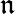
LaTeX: \displaystyle\mathfrak{n}